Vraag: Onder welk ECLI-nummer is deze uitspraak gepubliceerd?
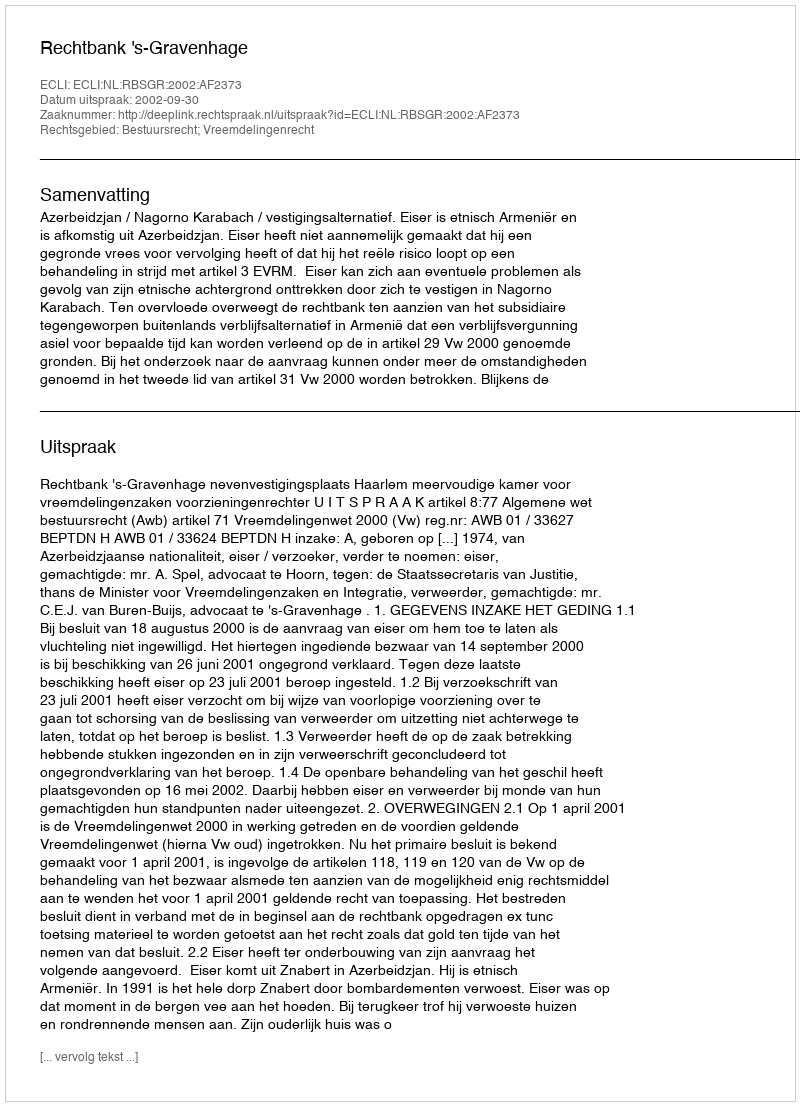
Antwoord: ECLI:NL:RBSGR:2002:AF2373